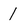
Character: 1